Lunatic asylums Burma 1907-21 - 1907-1921
Year: 1907
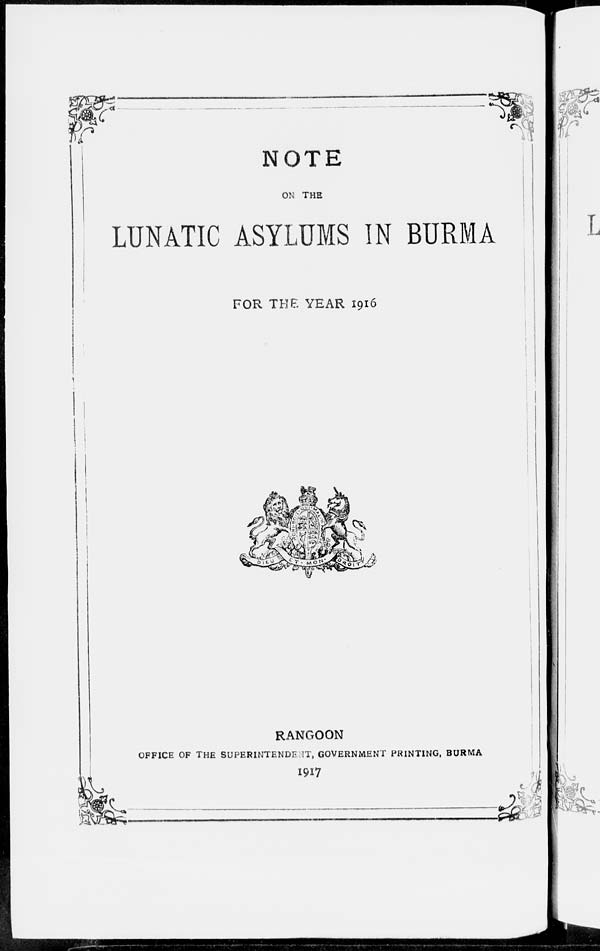
NOTE
ON THE
LUNATIC ASYLUMS IN BURMA
FOR THE YEAR 1916
RANGOON
OFFICE OF THE SUPERINTENDENT, GOVERNMENT PRINTING, BURMA
1917